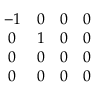
\begin{array} { c c c c } { { - 1 } } & { { 0 } } & { { 0 } } & { { 0 } } \\ { { 0 } } & { { 1 } } & { { 0 } } & { { 0 } } \\ { { 0 } } & { { 0 } } & { { 0 } } & { { 0 } } \\ { { 0 } } & { { 0 } } & { { 0 } } & { { 0 } } \end{array}